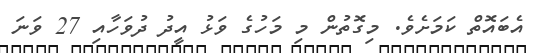
އެބައޮތް ކަމަށެވެ. މިގޮތުން މި މަހުގެ ވަޅު އީދު ދުވަހާއި 27 ވަނަ